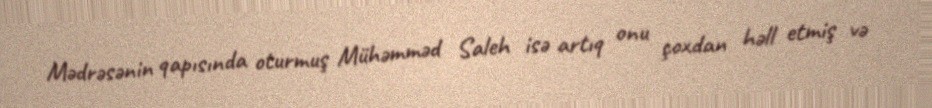
Mədrəsənin qapısında oturmuş Mühəmməd Saleh isə artıq onu çoxdan həll etmiş və